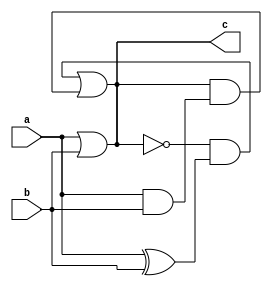
//flip flop-> reg

module simple(input a, b, output reg c);

    initial begin
        c = 0;
    end

    always @(a or b) begin
        c = ((~c) & (a^b)) | (c & (a&b));
    end

    always @(b or a) begin
        c =  a|b;
    end

endmodule

module tb;

    reg a, b;
    wire c;

    simple simp1(a, b, c);
    simple simp2(a, b, c);

    initial begin
        a = 1;
        b = 1;

        $monitor("a = %b, b= %b, c = %b", a, b, c);

        #5;
        a=1; b=0;
        #5;
        a =0; b = 1;
        #5;
        a = 0; b = 0;
        #5;
    end

endmodule